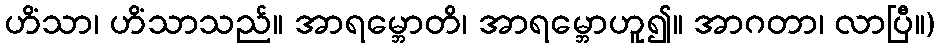
ဟိံသာ၊ ဟိံသာသည်။ အာရမ္ဘောတိ၊ အာရမ္ဘောဟူ၍။ အာဂတာ၊ လာပြီ။)